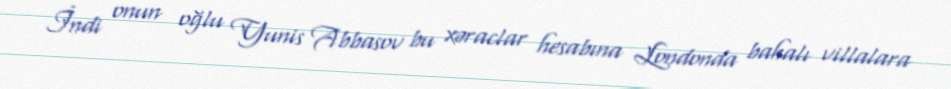
İndi onun oğlu Yunis Abbasov bu xəraclar hesabına Londonda bahalı villalara